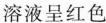
溶液呈红色